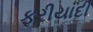
ફરીયાદી